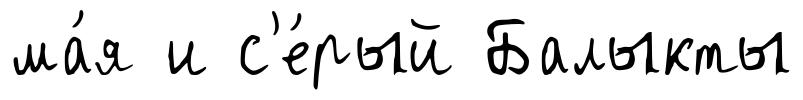
ма́я и с'е́рый Балыкты